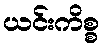
ယင်းကိစ္စ